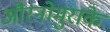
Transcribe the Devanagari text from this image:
औरनोमुराके